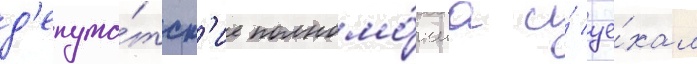
д'епута́тск'ие полномо́чиа и́ уе́хал